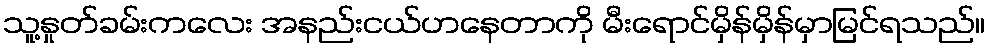
သူ့နှုတ်ခမ်းကလေး အနည်းငယ်ဟနေတာကို မီးရောင်မှိန်မှိန်မှာမြင်ရသည်။